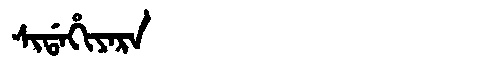
Manchu: ᠰᡳᡩᠠᡥᡳᠶᠠᡵᠠ
Romanization: SIDAHIYARA